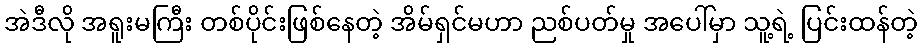
အဲဒီလို အရူးမကြီး တစ်ပိုင်းဖြစ်နေတဲ့ အိမ်ရှင်မဟာ ညစ်ပတ်မှု အပေါ်မှာ သူ့ရဲ့ ပြင်းထန်တဲ့